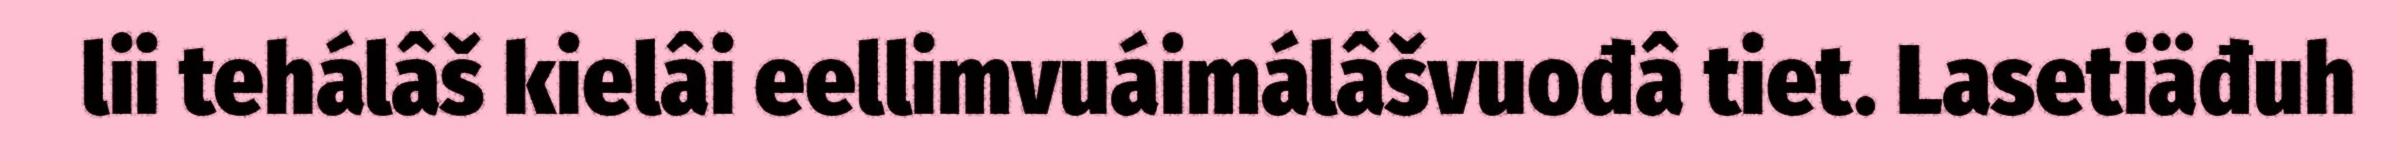
lii tehálâš kielâi eellimvuáimálâšvuođâ tiet. Lasetiäđuh